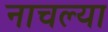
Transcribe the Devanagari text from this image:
नाचल्या